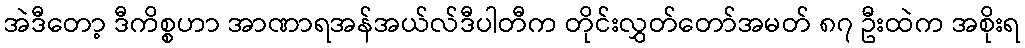
အဲဒီတော့ ဒီကိစ္စဟာ အာဏာရအန်အယ်လ်ဒီပါတီက တိုင်းလွှတ်တော်အမတ် ၈၇ ဦးထဲက အစိုးရ